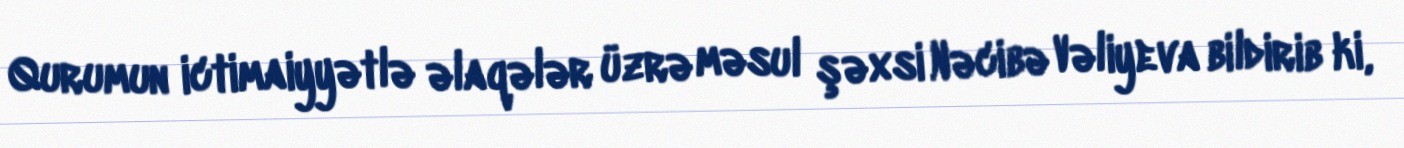
Qurumun ictimaiyyətlə əlaqələr üzrə məsul şəxsi Nəcibə Vəliyeva bildirib ki,